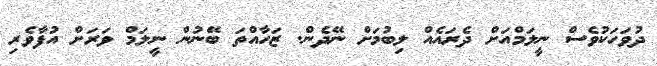
ދުވަހަކުވެސް ނީލަމްއަށް ދެރައެއް ލިބުމަށް ނޭދެން. ޒަހާއްތަ ބޭނުން ނީލަމް ވަރަށް އުފާވެރި